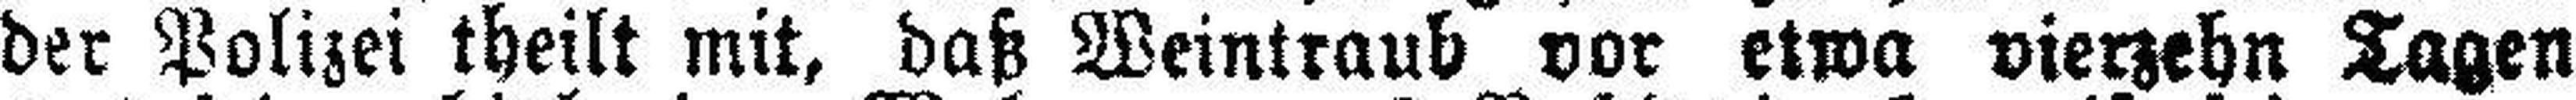
der Polizei theilt mit, daß Weintraub vor etwa vierzehn Tagen